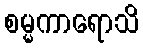
စမ္မကာရောသိ